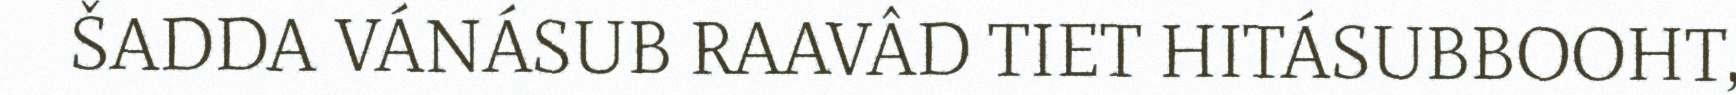
ŠADDA VÁNÁSUB RAAVÂD TIET HITÁSUBBOOHT,